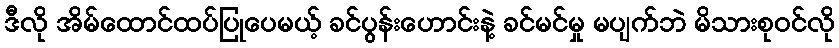
ဒီလို အိမ်ထောင်ထပ်ပြုပေမယ့် ခင်ပွန်းဟောင်းနဲ့ ခင်မင်မှု မပျက်ဘဲ မိသားစုဝင်လို